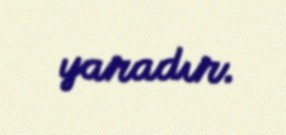
yaradır.